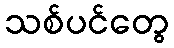
သစ်ပင်တွေ